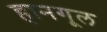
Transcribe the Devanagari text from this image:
हानगूल